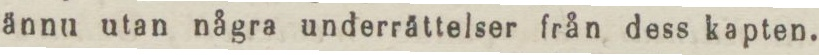
ännu utan några underrättelser från dess kapten.